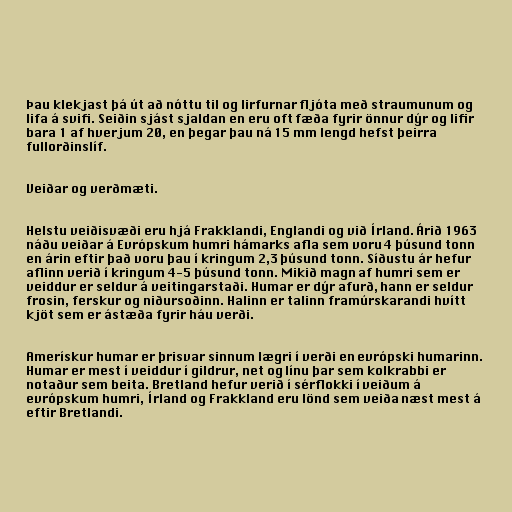
Þau klekjast þá út að nóttu til og lirfurnar fljóta með straumunum og
lifa á svifi. Seiðin sjást sjaldan en eru oft fæða fyrir önnur dýr og lifir
bara 1 af hverjum 20, en þegar þau ná 15 mm lengd hefst þeirra
fullorðinslíf.

Veiðar og verðmæti.

Helstu veiðisvæði eru hjá Frakklandi, Englandi og við Írland. Árið 1963
náðu veiðar á Evrópskum humri hámarks afla sem voru 4 þúsund tonn
en árin eftir það voru þau í kringum 2,3 þúsund tonn. Síðustu ár hefur
aflinn verið í kringum 4-5 þúsund tonn. Mikið magn af humri sem er
veiddur er seldur á veitingarstaði. Humar er dýr afurð, hann er seldur
frosin, ferskur og niðursoðinn. Halinn er talinn framúrskarandi hvítt
kjöt sem er ástæða fyrir háu verði.

Amerískur humar er þrisvar sinnum lægri í verði en evrópski humarinn.
Humar er mest í veiddur í gildrur, net og línu þar sem kolkrabbi er
notaður sem beita. Bretland hefur verið í sérflokki í veiðum á
evrópskum humri, Írland og Frakkland eru lönd sem veiða næst mest á
eftir Bretlandi.